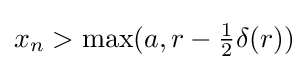
x_{n}>\mathrm {max} (a,r-{\tfrac {1}{2}}\delta (r))